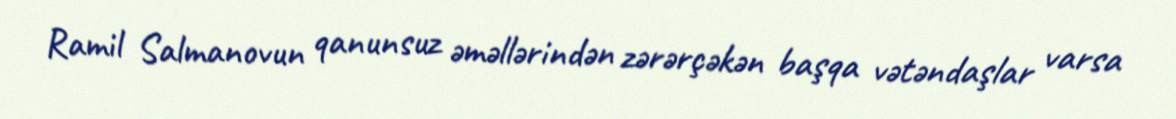
Ramil Salmanovun qanunsuz əməllərindən zərərçəkən başqa vətəndaşlar varsa